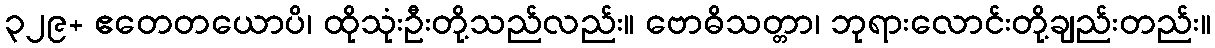
၃၂၉+ ဧတေတယောပိ၊ ထိုသုံးဦးတို့သည်လည်း။ ဗောဓိသတ္တာ၊ ဘုရားလောင်းတို့ချည်းတည်း။